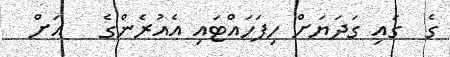
ގެ  ގައި ގަދަޔަށް ހިފަހައްޓައި އެއުރެންގެ   އަށް